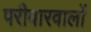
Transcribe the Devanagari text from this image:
परीवारवालों